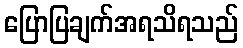
ပြောပြချက်အရသိရသည်